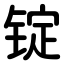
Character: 锭